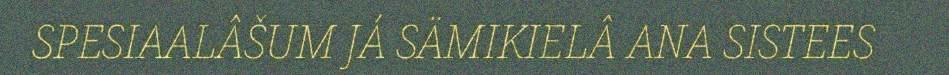
SPESIAALÂŠUM JÁ SÄMIKIELÂ ANA SISTEES